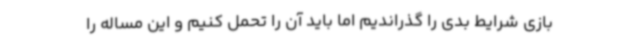
بازی شرایط بدی را گذراندیم اما باید آن را تحمل کنیم و این مساله را